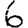
Digit: 6